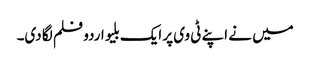
میں نے اپنے ٹی وی پر ایک بلیو اردو فلم لگا دی۔